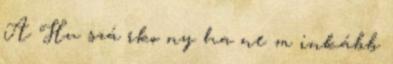
A Hu szá rko ny ha ne m inkább